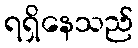
ရရှိနေသည်